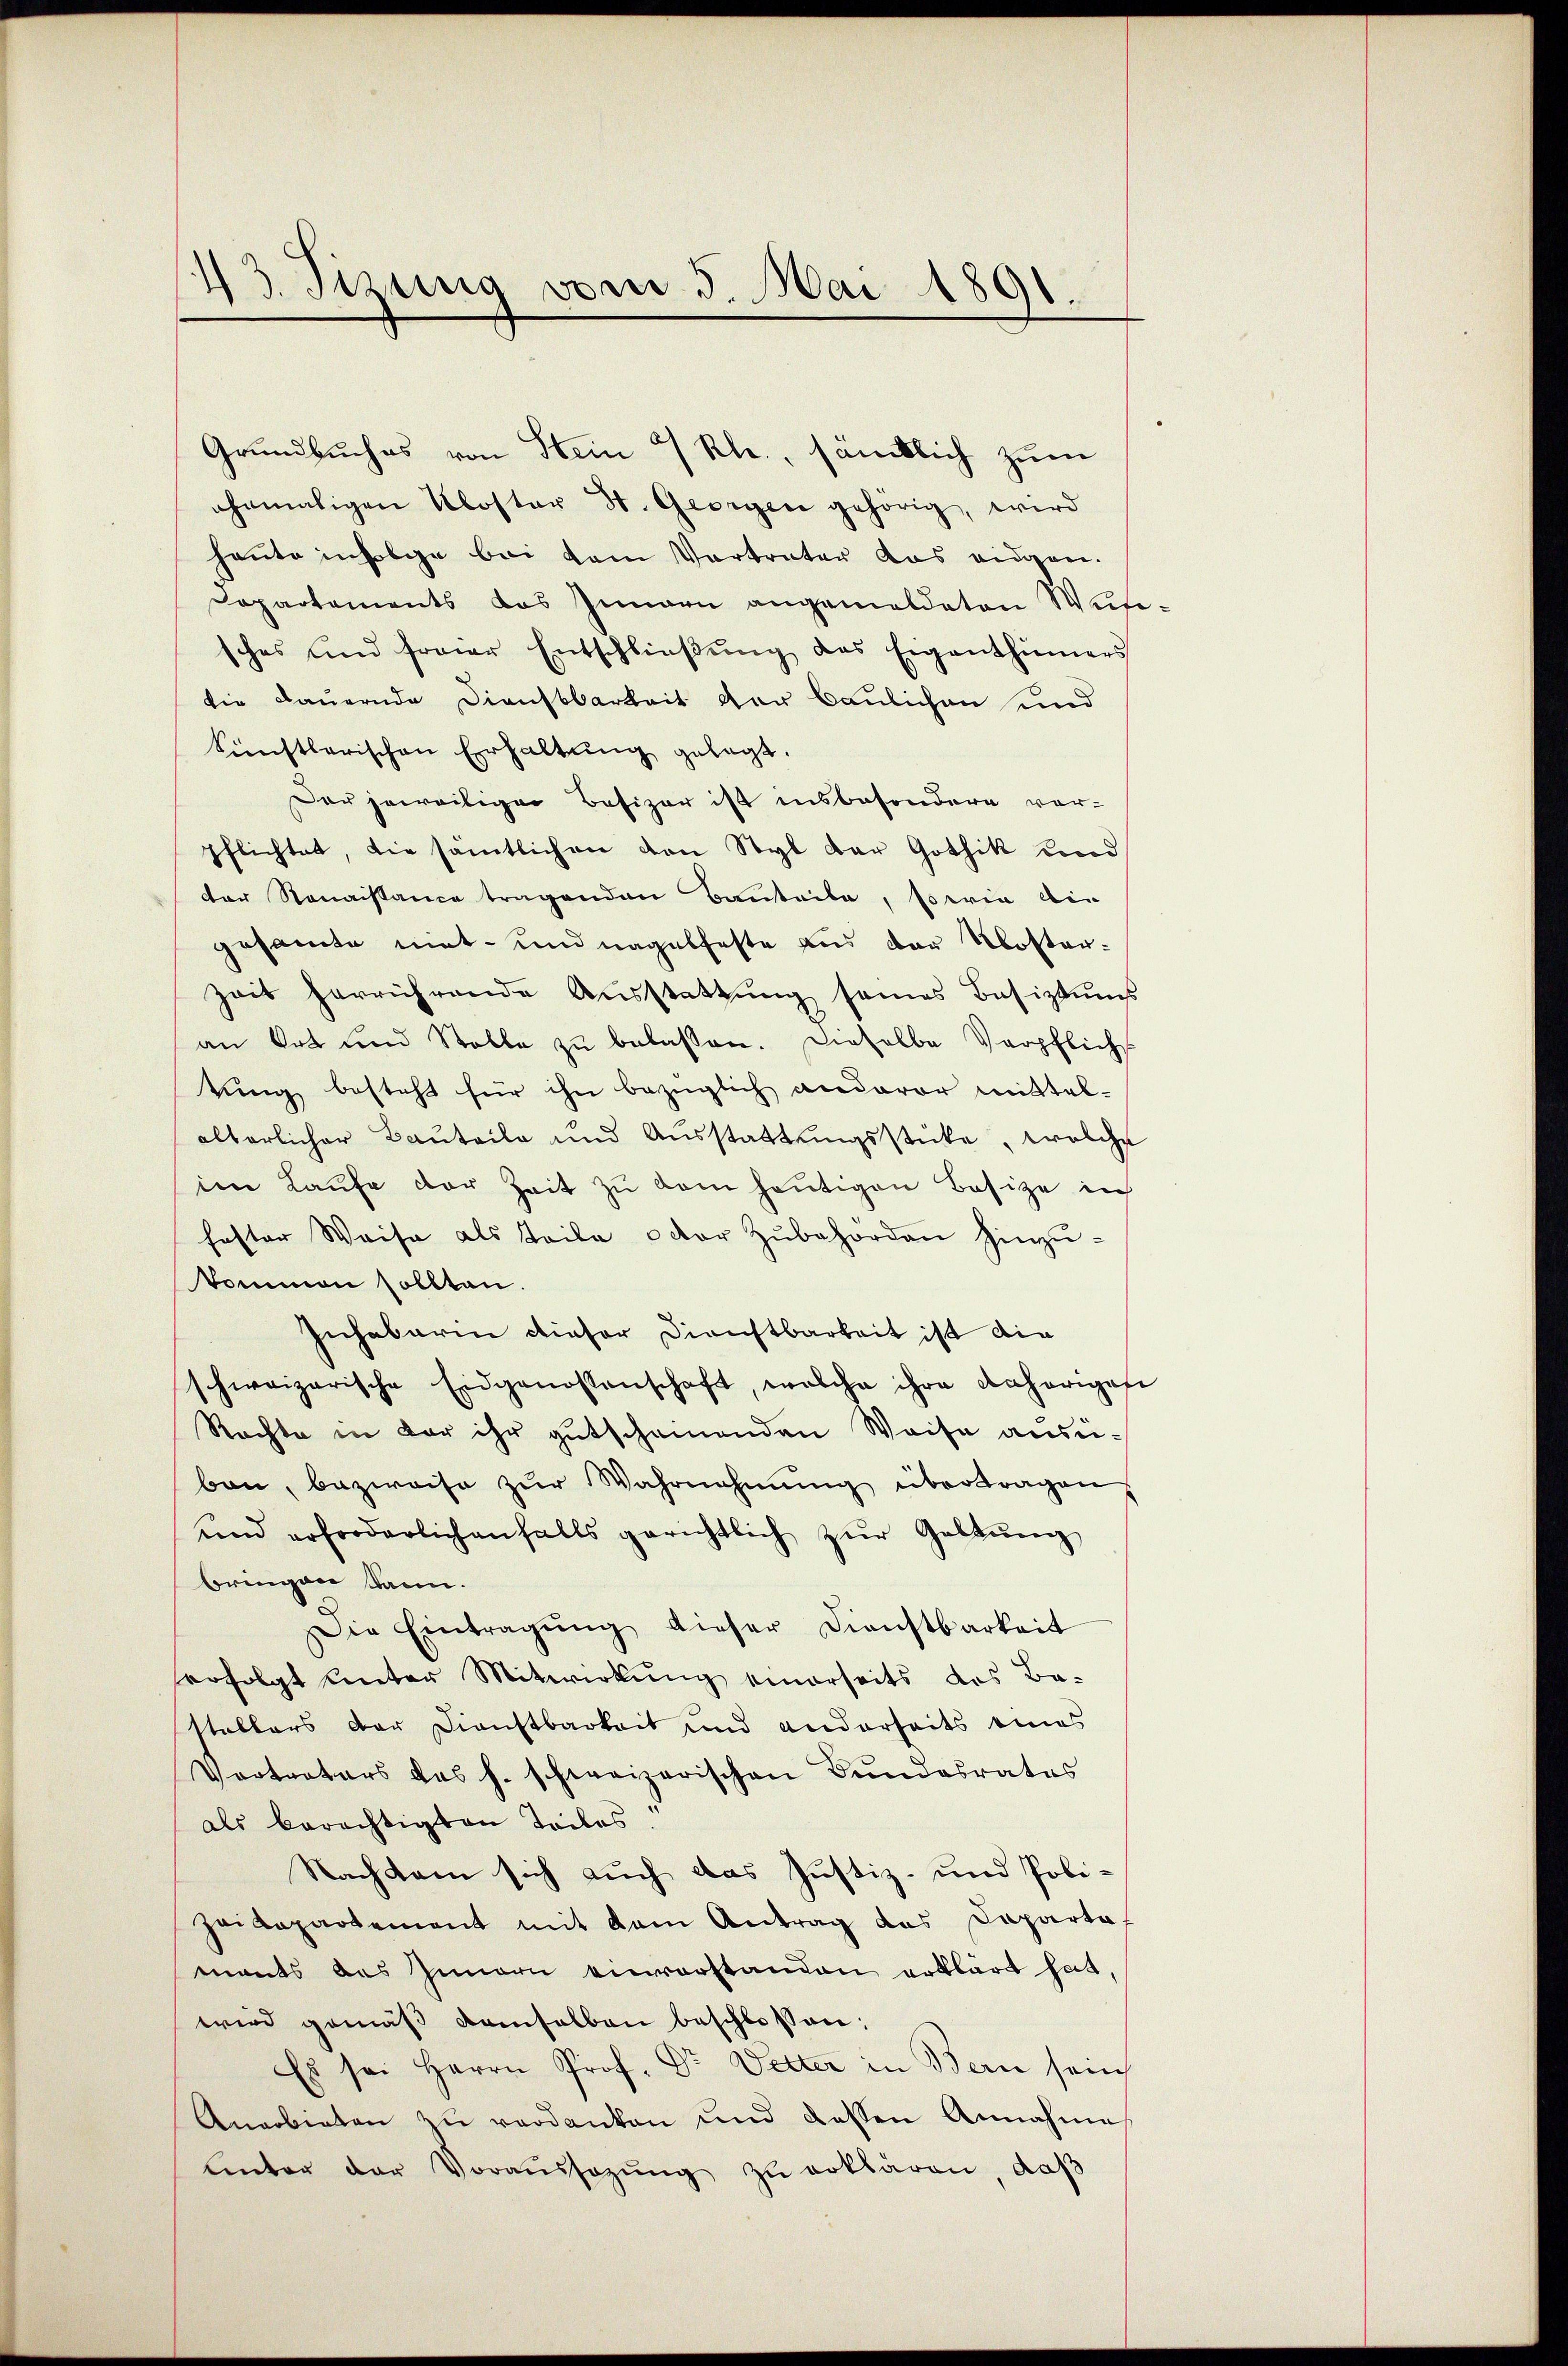
13. Sizung vom 5. Mai 1891.

Grundbuches von Stein 7 Kl., sämtlich zum
ehemaligen Kloster St. Georgen gehörig, wird
haute infolge bei dem Vorträter das eigen.
Dapartements das Innern angemeldeten Wute-
sches und freier Entschlieβŭng des Eigenthümers
die Dauernde Dienstbarkeit der Baulichen und
künstlerischen Erhaltung gelegt.
Der jeweiliger Besizer ist insbesondere vor-
pflichtet, die sämtlichen von Styl der Gothik und
der Renaissance tragenden Bauteile, sowie die
gesamte niet- und nagelfeste aus der Kloster¬
Zeit herrührende Aŭsstattŭng seines Besiztums
an Ort und Stelle zŭ belassen. Dieselbe Verpflich
tŭng besteht für ihn bezüglich andavor mittel-
alterlicher Bauteile und Ausstattŭngsstücke, welche
ien Kaŭfe der Zeit zŭ dem heutigen Besize in
fester Weise als Teile oder Zubehörden hinzŭ-
kommen sollten.
Inhabarin dieser Dienstbarkeit ist die
schweizerische Eidgenossenschaft, welche ihre daherigese
Rechte in der ihr gutscheinenden Weise ausben, bezweife zŭr Wahrnahmŭng übertragen,
und erforderlich anfalls gerichtlich zŭr Galtŭng
bringen kann.
ie Eintragŭng dieser Dienstbarkeit
erfolgt unter Mitwirkung einerseits das Be-
Stellers der Dienstbarkeit und anderseits eines
Vertreters das h. schweizerischen Bŭndesrates
als berechtigten Teiles.
Nachkam sich auch das Justiz- und Pobi¬
Heidepartement mit dem Antrag das Caparte-
mants das Innern einverstanden erklärt hat,
wird gemäβ demselben beschlossen:
Es sei Herrn Prof. Dr. Vetter in Bern sein
Anerbieten zu verdanken und dessen Annahme
Unter der Voraŭssagŭng zŭ erklären, daβ